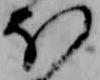
ほ